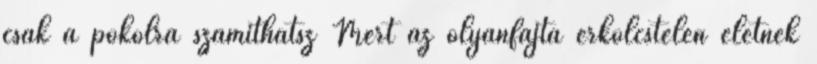
csak a pokolra számíthatsz Mert az olyanfajta erkölcstelen életnek